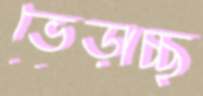
ভেড়াচ্ছ